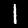
Label: 1